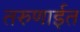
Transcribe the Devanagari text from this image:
तरुणाईत